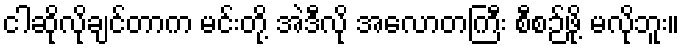
ငါဆိုလိုချင်တာက မင်းတို့ အဲဒီလို အလောတကြီး စီစဉ်ဖို့ မလိုဘူး။